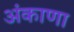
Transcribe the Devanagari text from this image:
अंकाणा